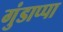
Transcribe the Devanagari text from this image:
गुंडाप्पा